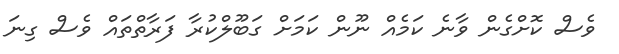
ވެސް ކޮށްގެން ވާނެ ކަމެއް ނޫން ކަމަށް ގަބޫލްކުރާ ފަރާތްތައް ވެސް ގިނަ